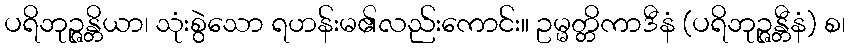
ပရိဘုဉ္ဇန္တိယာ၊ သုံးစွဲသော ရဟန်းမ၏လည်းကောင်း။ ဥမ္မတ္တိကာဒီနံ (ပရိဘုဉ္ဇန္တီနံ) စ၊